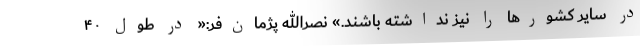
در سایر کشورها را نیز نداشته باشند.» نصرالله پژمان‌فر:« در طول ۴۰